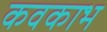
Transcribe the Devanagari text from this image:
कवकाभ